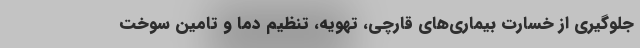
جلوگیری از خسارت بیماری‌های قارچی، تهویه، تنظیم دما و تامین سوخت